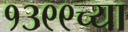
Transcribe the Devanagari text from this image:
१३९९च्या